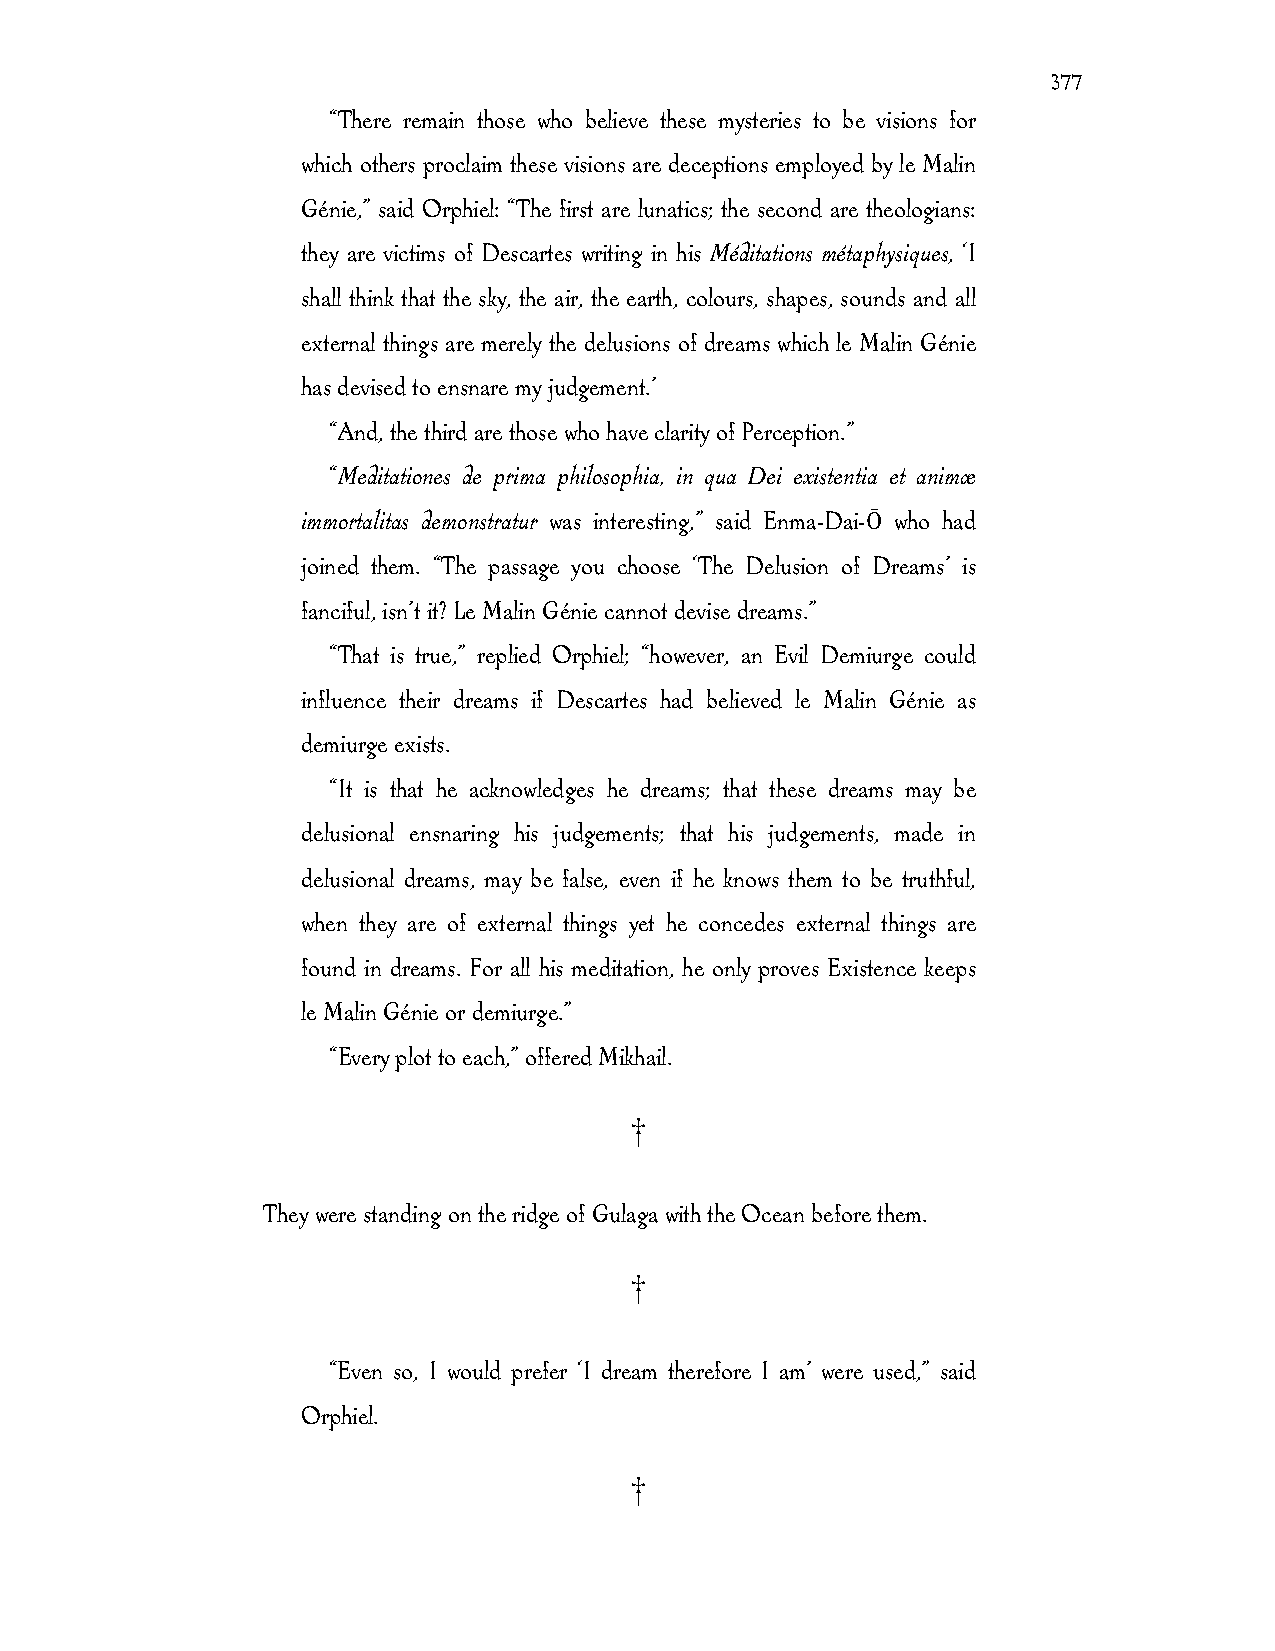
377
 “There remain those who believe these mysteries to be visions for
 which others proclaim these visions are deceptions employed by le Malin
 Génie,” said Orphiel: “The first are lunatics; the second are theologians:
 they are victims of Descartes writing in his Méditations métaphysiques, ‘I
 shall think that the sky, the air, the earth, colours, shapes, sounds and all
 external things are merely the delusions of dreams which le Malin Génie
 has devised to ensnare my judgement.’
 “And, the third are those who have clarity of Perception.”
 “Meditationes de prima philosophia, in qua Dei existentia et animæ
 immortalitas demonstratur was interesting,” said Enma-Dai-Ō who had
 joined them. “The passage you choose ‘The Delusion of Dreams’ is
 fanciful, isn’t it? Le Malin Génie cannot devise dreams.”
 “That is true,” replied Orphiel; “however, an Evil Demiurge could
 influence their dreams if Descartes had believed le Malin Génie as
 demiurge exists.
 “It is that he acknowledges he dreams; that these dreams may be
 delusional ensnaring his judgements; that his judgements, made in
 delusional dreams, may be false, even if he knows them to be truthful,
 when they are of external things yet he concedes external things are
 found in dreams. For all his meditation, he only proves Existence keeps
 le Malin Génie or demiurge.”
 “Every plot to each,” offered Mikhail.
 †
 They were standing on the ridge of Gulaga with the Ocean before them.
 †
 “Even so, I would prefer ‘I dream therefore I am’ were used,” said
 Orphiel.
 †